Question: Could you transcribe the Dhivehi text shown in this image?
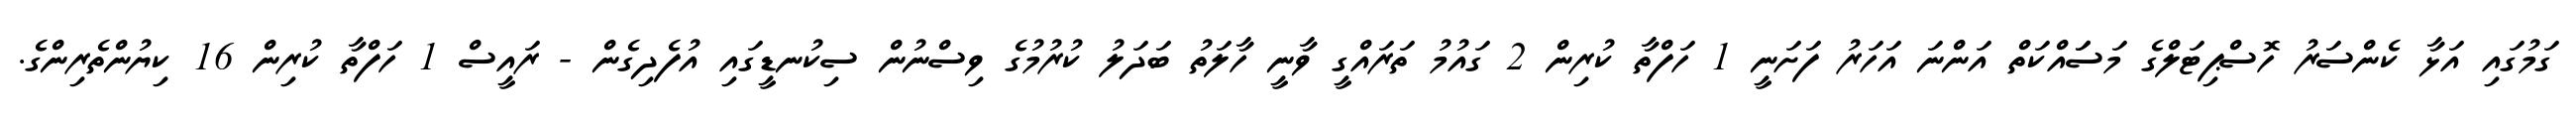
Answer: ގަމުގައި އަޅާ ކެންސަރު ހޮސްޕިޓަލްގެ މަސަައްކަތް އަންނަ އަހަރު ފަށަނީ 1 ހަފްތާ ކުރިން 2 ގައުމު ތަރައްގީ ވާނީ ހާލަތު ބަދަލު ކުރުމުގެ ވިސްނުން ސިކުނޑީގައި އުފެދިގެން - ރައީސް 1 ހަފްތާ ކުރިން 16 ކިޔުންތެރިންގެ.